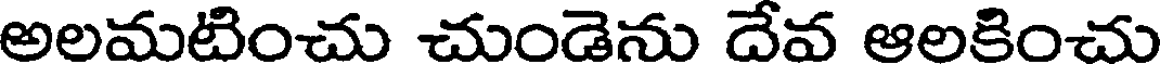
అలమటించు చుండెను దేవ ఆలకించు